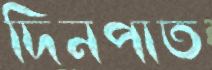
দিনপাত